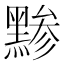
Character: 黪